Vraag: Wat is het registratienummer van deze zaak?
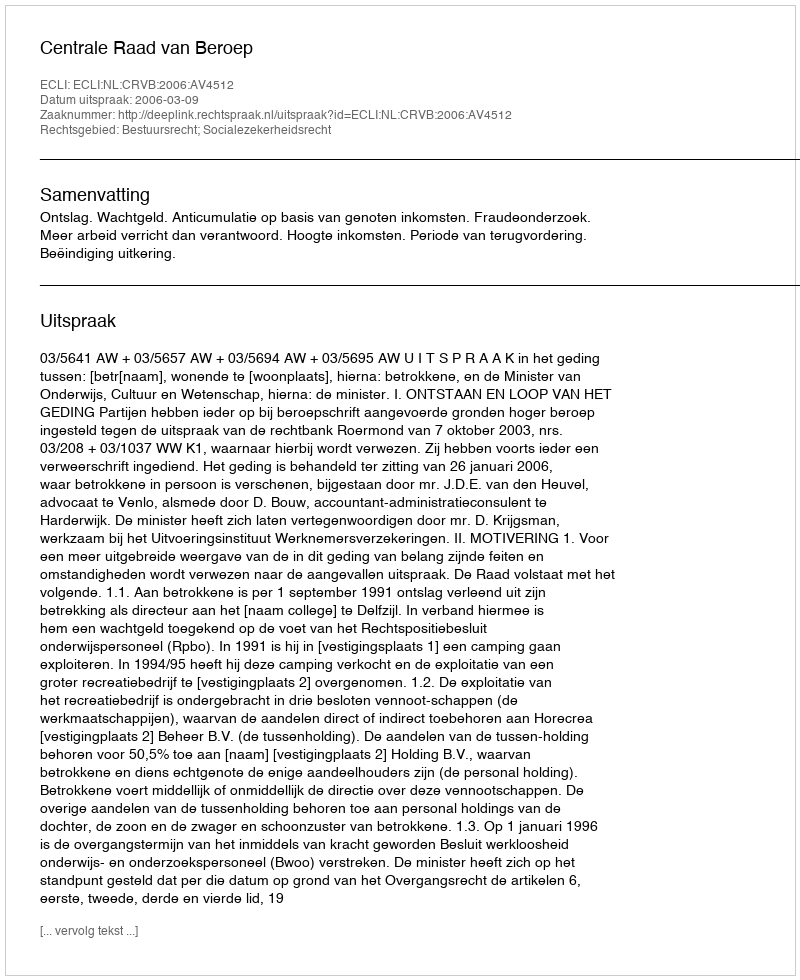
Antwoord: http://deeplink.rechtspraak.nl/uitspraak?id=ECLI:NL:CRVB:2006:AV4512